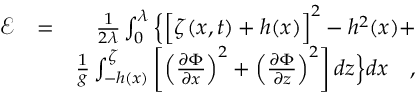
\begin{array} { r l r } { \mathscr { E } } & { = } & { \frac { 1 } { 2 \lambda } \int _ { 0 } ^ { \lambda } \Big \{ \Big [ \zeta ( x , t ) + h ( x ) \Big ] ^ { 2 } - h ^ { 2 } ( x ) + } \\ & { } & { \frac { 1 } { g } \int _ { - h ( x ) } ^ { \zeta } \left[ \left( \frac { \partial \Phi } { \partial x } \right) ^ { 2 } + \left( \frac { \partial \Phi } { \partial z } \right) ^ { 2 } \right] d z \Big \} d x \quad , } \end{array}